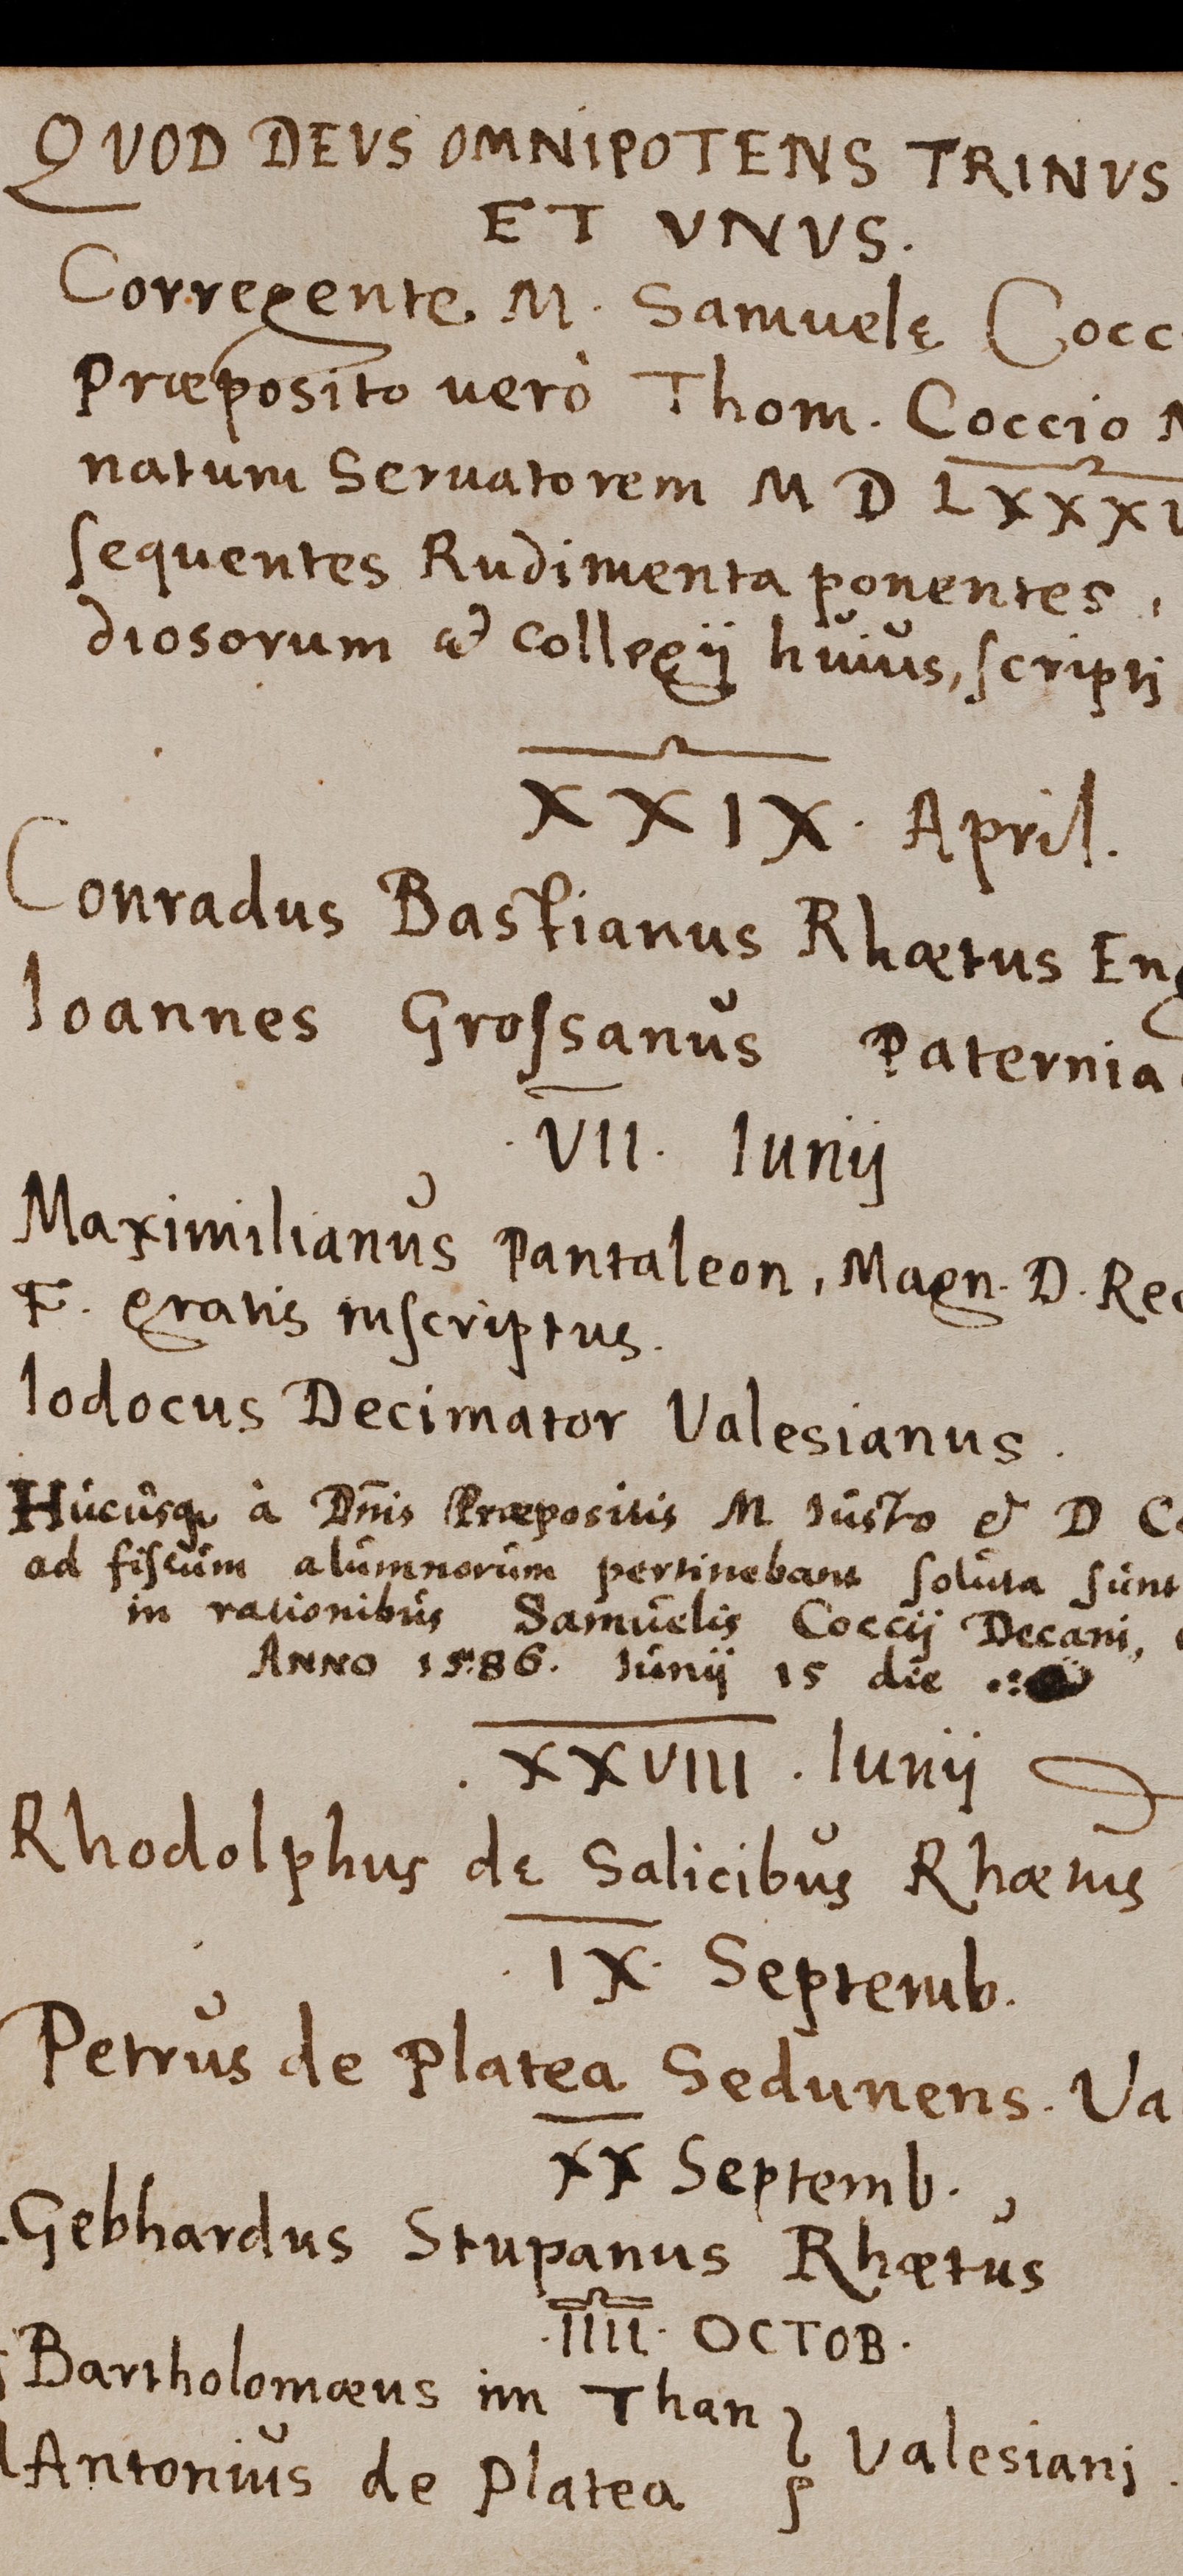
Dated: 1540–1626